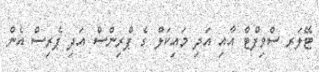
ޓޭލަރ ސްވިފްޓް އާއި އަދި މައިިކަލް ގެ ޕްރިންސް އަދި ޕެރިސް އެން